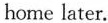
home later.